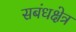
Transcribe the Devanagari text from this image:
सबंधक्षेत्र